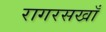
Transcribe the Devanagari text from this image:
रागरसखाँ